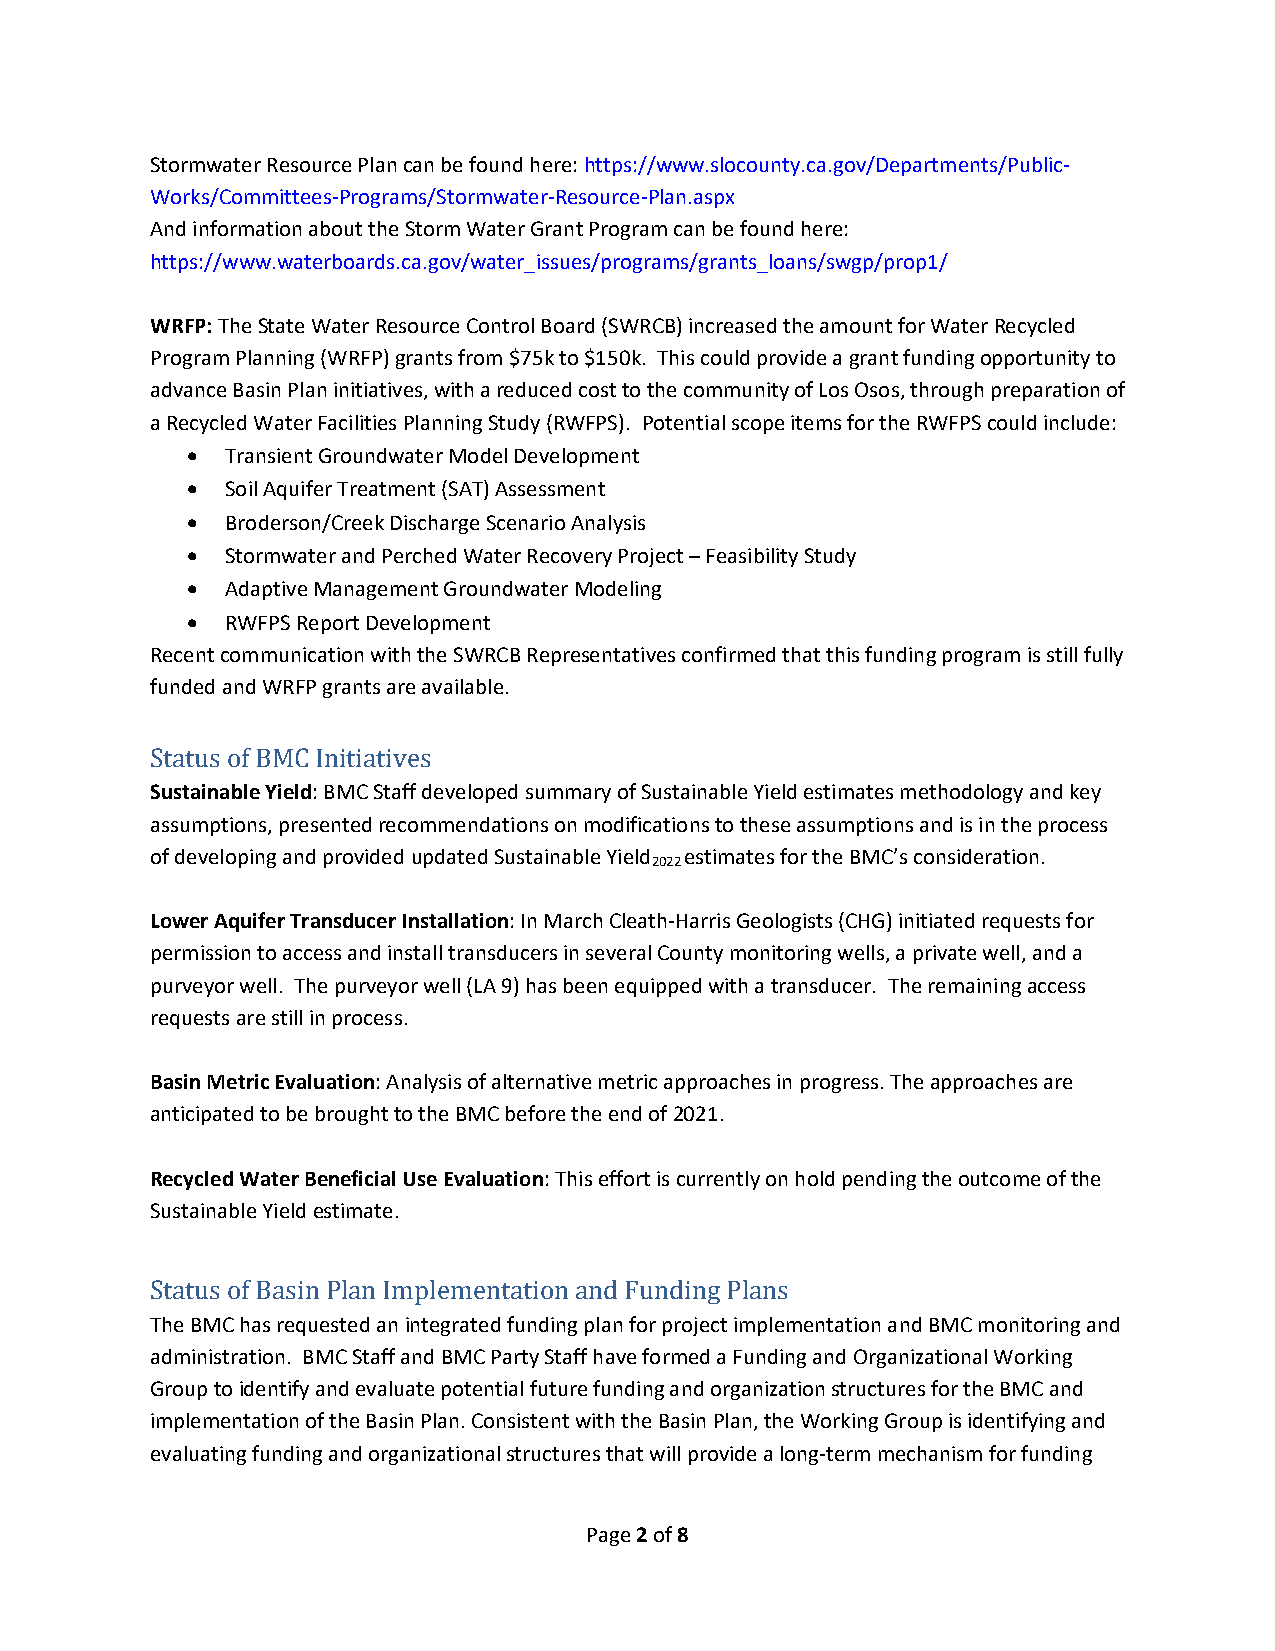
Stormwater Resource Plan can be found here: https://www.slocounty.ca.gov/Departments/Public‐
 Works/Committees‐Programs/Stormwater‐Resource‐Plan.aspx
 And information about the Storm Water Grant Program can be found here:
 https://www.waterboards.ca.gov/water_issues/programs/grants_loans/swgp/prop1/
 WRFP: The State Water Resource Control Board (SWRCB) increased the amount for Water Recycled
 Program Planning (WRFP) grants from $75k to $150k. This could provide a grant funding opportunity to
 advance Basin Plan initiatives, with a reduced cost to the community of Los Osos, through preparation of
 a Recycled Water Facilities Planning Study (RWFPS). Potential scope items for the RWFPS could include:
   Transient Groundwater Model Development
   Soil Aquifer Treatment (SAT) Assessment
   Broderson/Creek Discharge Scenario Analysis
   Stormwater and Perched Water Recovery Project – Feasibility Study
   Adaptive Management Groundwater Modeling
   RWFPS Report Development
 Recent communication with the SWRCB Representatives confirmed that this funding program is still fully
 funded and WRFP grants are available.
 Status of BMC Initiatives
 Sustainable Yield: BMC Staff developed summary of Sustainable Yield estimates methodology and key
 assumptions, presented recommendations on modifications to these assumptions and is in the process
 of developing and provided updated Sustainable Yield estimates for the BMC’s consideration.
 2022
 Lower Aquifer Transducer Installation: In March Cleath‐Harris Geologists (CHG) initiated requests for
 permission to access and install transducers in several County monitoring wells, a private well, and a
 purveyor well. The purveyor well (LA 9) has been equipped with a transducer. The remaining access
 requests are still in process.
 Basin Metric Evaluation: Analysis of alternative metric approaches in progress. The approaches are
 anticipated to be brought to the BMC before the end of 2021.
 Recycled Water Beneficial Use Evaluation: This effort is currently on hold pending the outcome of the
 Sustainable Yield estimate.
 Status of Basin Plan Implementation and Funding Plans
 The BMC has requested an integrated funding plan for project implementation and BMC monitoring and
 administration. BMC Staff and BMC Party Staff have formed a Funding and Organizational Working
 Group to identify and evaluate potential future funding and organization structures for the BMC and
 implementation of the Basin Plan. Consistent with the Basin Plan, the Working Group is identifying and
 evaluating funding and organizational structures that will provide a long‐term mechanism for funding
 Page 2 of 8